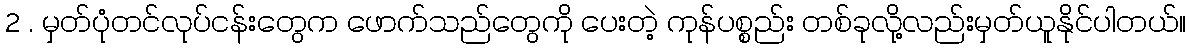
2 . မှတ်ပုံတင်လုပ်ငန်းတွေက ဖောက်သည်တွေကို ပေးတဲ့ ကုန်ပစ္စည်း တစ်ခုလို့လည်းမှတ်ယူနိုင်ပါတယ်။